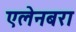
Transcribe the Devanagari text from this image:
एलेनबरा